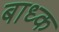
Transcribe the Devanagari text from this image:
बाध्‍क